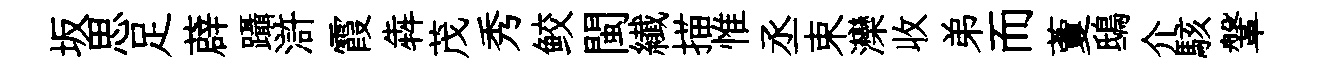
坂思足薜躡滸霞犇茂秀鲛閩纎描惟丞束灤收弟而藑鴟介駭鞶